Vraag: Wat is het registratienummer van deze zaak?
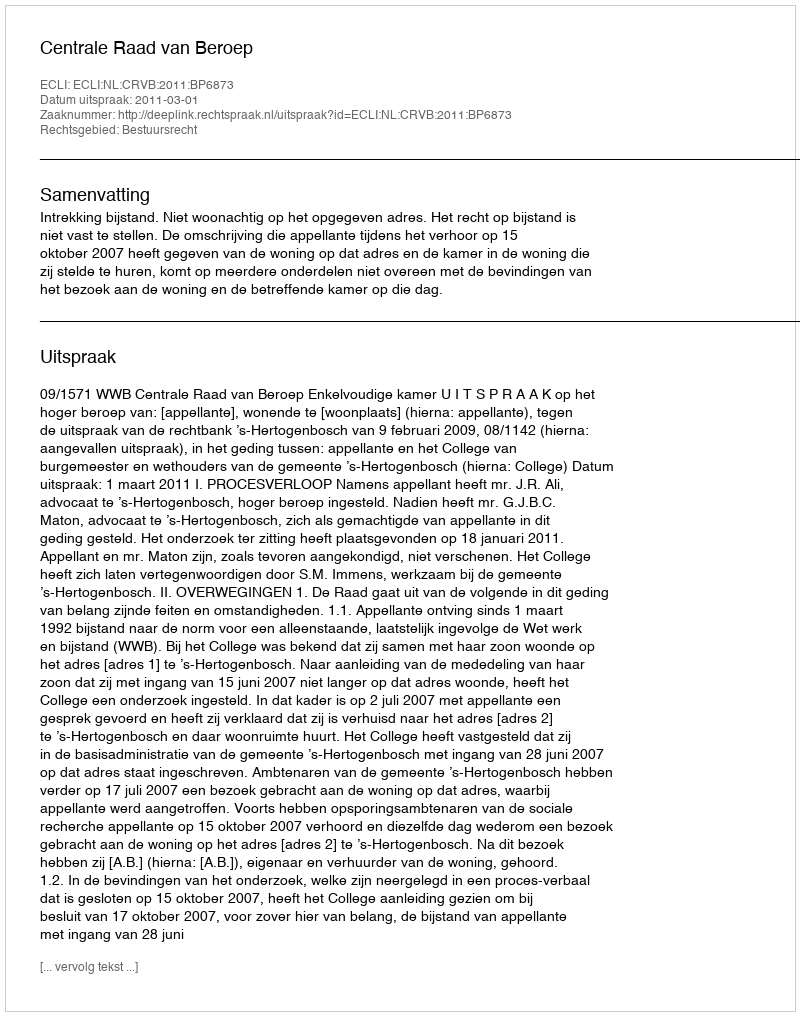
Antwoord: http://deeplink.rechtspraak.nl/uitspraak?id=ECLI:NL:CRVB:2011:BP6873